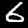
Label: 6